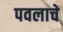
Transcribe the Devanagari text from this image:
पवलाचे